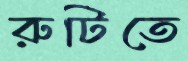
রুটিতে